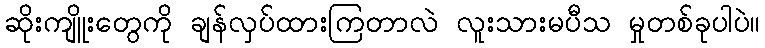
ဆိုးကျိူးတွေကို ချန်လှပ်ထားကြတာလဲ လူးသားမပီသ မှုတစ်ခုပါပဲ။